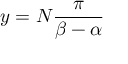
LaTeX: { y = N { \frac { \pi } { \beta - \alpha } } }